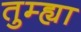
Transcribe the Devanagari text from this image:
तुम्ह्या